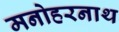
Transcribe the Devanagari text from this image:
मनोहरनाथ